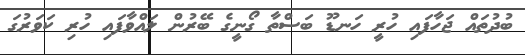
ބުދުތައް ޖަހާފައި ހުރީ ހަނޑޫ ބަސްތާ ގޯނީގެ ބޭރުން ލައްވާފައި ހުރި ކަވަރުގަ